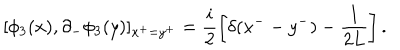
LaTeX: [ \phi _ { 3 } ( x ) , \partial _ { - } \phi _ { 3 } ( y ) ] _ { x ^ { + } = y ^ { + } } = \frac { i } { 2 } \left[ \delta ( x ^ { -- } y ^ { - } ) - \frac { 1 } { 2 L } \right] .